Subject: cs
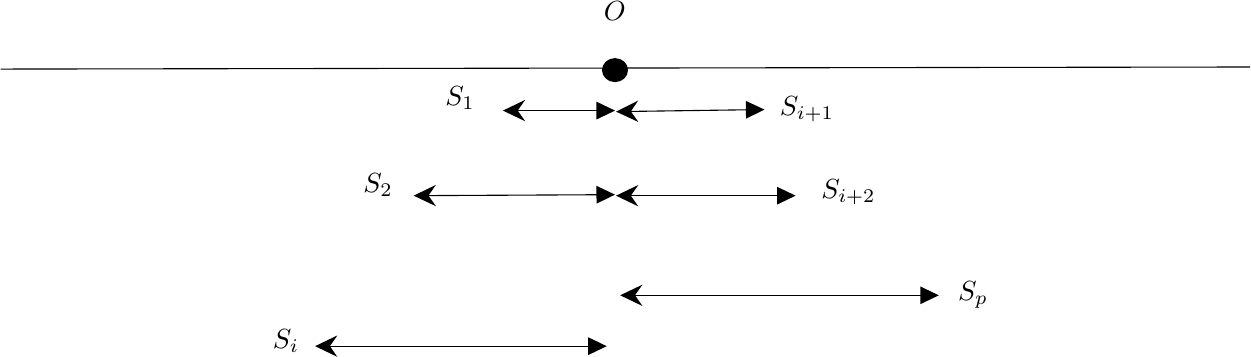
LaTeX code:
\begin{tikzpicture}[x=0.75pt,y=0.75pt,yscale=-1,xscale=1]

\draw    (32,56) -- (634,55) ;
\draw  [fill={rgb, 255:red, 0; green, 0; blue, 0 }  ,fill opacity=1 ] (322,56.5) .. controls (322,53.46) and (324.69,51) .. (328,51) .. controls (331.31,51) and (334,53.46) .. (334,56.5) .. controls (334,59.54) and (331.31,62) .. (328,62) .. controls (324.69,62) and (322,59.54) .. (322,56.5) -- cycle ;
\draw    (277,76) -- (325,76) ;
\draw [shift={(328,76)}, rotate = 180] [fill={rgb, 255:red, 0; green, 0; blue, 0 }  ][line width=0.08]  [draw opacity=0] (8.93,-4.29) -- (0,0) -- (8.93,4.29) -- cycle    ;
\draw [shift={(274,76)}, rotate = 0] [fill={rgb, 255:red, 0; green, 0; blue, 0 }  ][line width=0.08]  [draw opacity=0] (10.72,-5.15) -- (0,0) -- (10.72,5.15) -- (7.12,0) -- cycle    ;
\draw    (234,116.98) -- (325,116.52) ;
\draw [shift={(328,116.5)}, rotate = 179.7] [fill={rgb, 255:red, 0; green, 0; blue, 0 }  ][line width=0.08]  [draw opacity=0] (8.93,-4.29) -- (0,0) -- (8.93,4.29) -- cycle    ;
\draw [shift={(231,117)}, rotate = 359.7] [fill={rgb, 255:red, 0; green, 0; blue, 0 }  ][line width=0.08]  [draw opacity=0] (10.72,-5.15) -- (0,0) -- (10.72,5.15) -- (7.12,0) -- cycle    ;
\draw    (186.5,189.5) -- (321,189.5) ;
\draw [shift={(324,189.5)}, rotate = 180] [fill={rgb, 255:red, 0; green, 0; blue, 0 }  ][line width=0.08]  [draw opacity=0] (8.93,-4.29) -- (0,0) -- (8.93,4.29) -- cycle    ;
\draw [shift={(183.5,189.5)}, rotate = 0] [fill={rgb, 255:red, 0; green, 0; blue, 0 }  ][line width=0.08]  [draw opacity=0] (10.72,-5.15) -- (0,0) -- (10.72,5.15) -- (7.12,0) -- cycle    ;
\draw    (331.5,76.46) -- (397,75.54) ;
\draw [shift={(400,75.5)}, rotate = 179.2] [fill={rgb, 255:red, 0; green, 0; blue, 0 }  ][line width=0.08]  [draw opacity=0] (8.93,-4.29) -- (0,0) -- (8.93,4.29) -- cycle    ;
\draw [shift={(328.5,76.5)}, rotate = 359.2] [fill={rgb, 255:red, 0; green, 0; blue, 0 }  ][line width=0.08]  [draw opacity=0] (10.72,-5.15) -- (0,0) -- (10.72,5.15) -- (7.12,0) -- cycle    ;
\draw    (331.5,117) -- (412,117) ;
\draw [shift={(415,117)}, rotate = 180] [fill={rgb, 255:red, 0; green, 0; blue, 0 }  ][line width=0.08]  [draw opacity=0] (8.93,-4.29) -- (0,0) -- (8.93,4.29) -- cycle    ;
\draw [shift={(328.5,117)}, rotate = 0] [fill={rgb, 255:red, 0; green, 0; blue, 0 }  ][line width=0.08]  [draw opacity=0] (10.72,-5.15) -- (0,0) -- (10.72,5.15) -- (7.12,0) -- cycle    ;
\draw    (333.5,165) -- (481,165) ;
\draw [shift={(484,165)}, rotate = 180] [fill={rgb, 255:red, 0; green, 0; blue, 0 }  ][line width=0.08]  [draw opacity=0] (8.93,-4.29) -- (0,0) -- (8.93,4.29) -- cycle    ;
\draw [shift={(330.5,165)}, rotate = 0] [fill={rgb, 255:red, 0; green, 0; blue, 0 }  ][line width=0.08]  [draw opacity=0] (10.72,-5.15) -- (0,0) -- (10.72,5.15) -- (7.12,0) -- cycle    ;

\draw (245,63) node [anchor=north west][inner sep=0.75pt]   [align=left] {$\displaystyle S_{1}$};
\draw (205.5,105) node [anchor=north west][inner sep=0.75pt]   [align=left] {$\displaystyle S_{2}$};
\draw (169.45,187.19) node   [align=left] {$\displaystyle S_{i}$};
\draw (420.45,75.19) node   [align=left] {$\displaystyle S_{i+1}$};
\draw (440.45,115.19) node   [align=left] {$\displaystyle S_{i+2}$};
\draw (500.45,164.69) node   [align=left] {$\displaystyle S_{p}$};
\draw (327.95,28.19) node   [align=left] {$\displaystyle O$};

\end{tikzpicture}